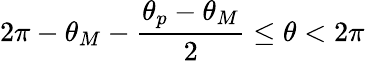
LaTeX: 2\pi-\theta_{M}-\frac{\theta_{p}-\theta_{M}}{2}\le\theta<2\pi